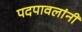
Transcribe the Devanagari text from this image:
पदपावलांनी